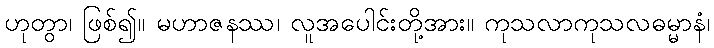
ဟုတွာ၊ ဖြစ်၍။ မဟာဇနဿ၊ လူအပေါင်းတို့အား။ ကုသလာကုသလဓမ္မာနံ၊